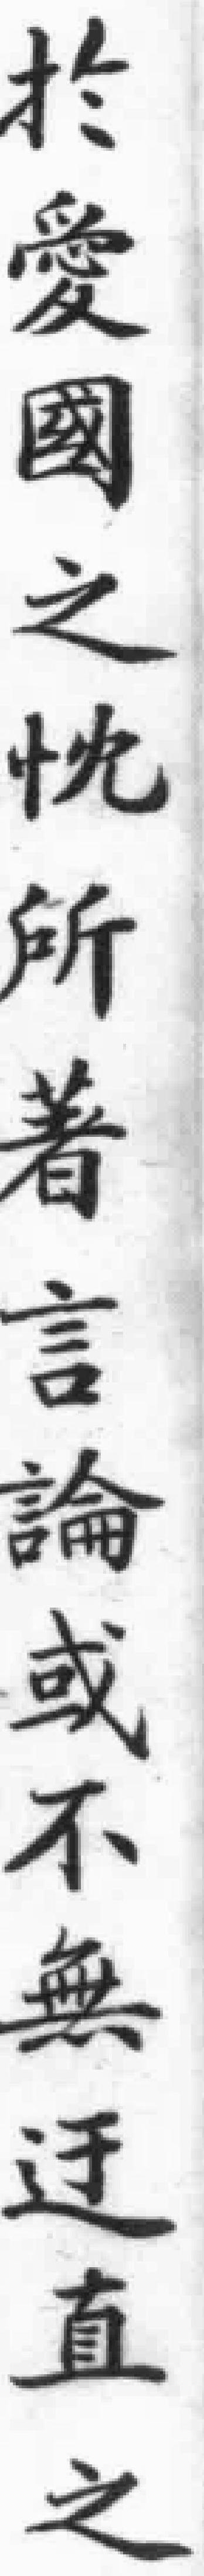
於愛國之忱所著言論或不無迂直之